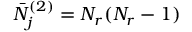
\bar { N } _ { j } ^ { ( 2 ) } = N _ { r } ( N _ { r } - 1 )